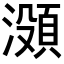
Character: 𬉐